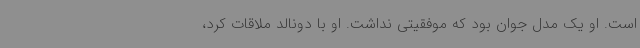
است. او یک مدل جوان بود که موفقیتی نداشت. او با دونالد ملاقات کرد،